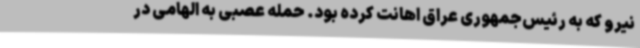
نیرو که به رئیس‌جمهوری عراق اهانت کرده بود. حمله عصبی به الهامی در